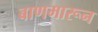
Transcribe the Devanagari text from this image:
बाणमारून